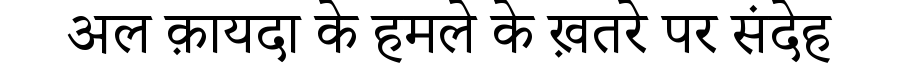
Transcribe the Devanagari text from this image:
अल क़ायदा के हमले के ख़तरे पर संदेह